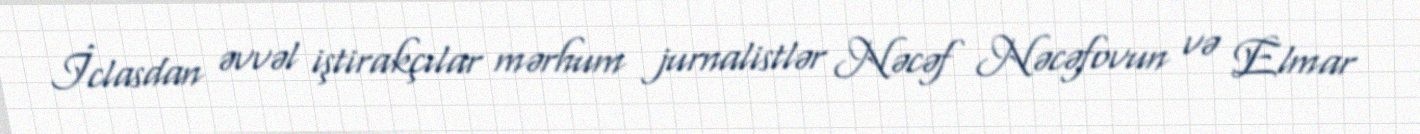
İclasdan əvvəl iştirakçılar mərhum jurnalistlər Nəcəf Nəcəfovun və Elmar